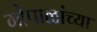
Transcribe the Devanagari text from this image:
गोपाळांच्या